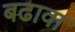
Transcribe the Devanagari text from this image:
बढावा